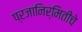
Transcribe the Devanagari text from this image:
प्रजानिर्मितीचे